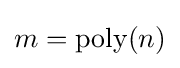
m=\operatorname {poly} (n)